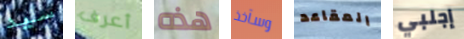
سيد أعرف هذه وسآخذ المقاعد إجلبي